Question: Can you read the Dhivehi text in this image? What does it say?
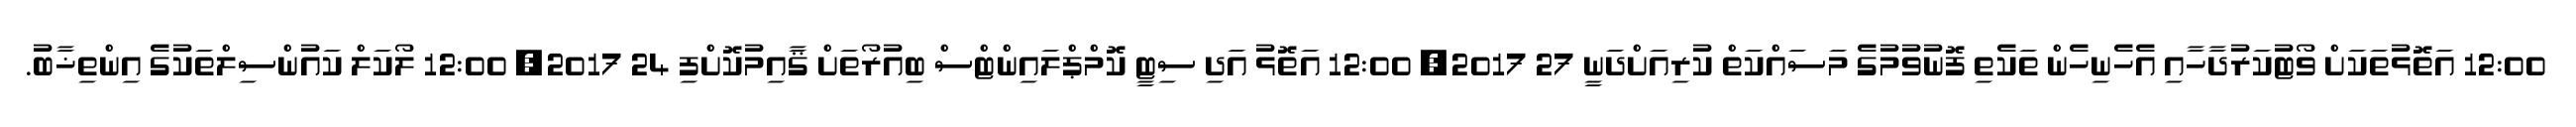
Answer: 12:00 އަތޮޅުތަކަށް ވޯޓުކަރުދާހާއި އެހެނިހެން ތަކެތި ފޮނުވުމުގެ މަސައްކަތް ކުރިއަށްދަނީ 27 2017, 12:00 އަތޮޅު އަދި ސިޓީ ކޮމްޕްލައިންޓްސް ބިއުރޯތަށް ޤާއިމުކޮށްފި 24 2017, 12:00 ލޯކަލް ކައުންސިލްތަކުގެ އިންތިޚާބު.